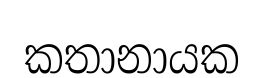
කතානායක